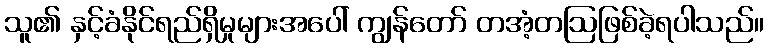
သူ၏ နှင့်ခံနိုင်ရည်ရှိမှုများအပေါ် ကျွန်တော် တအံ့တဩဖြစ်ခဲ့ရပါသည်။